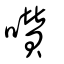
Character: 囋